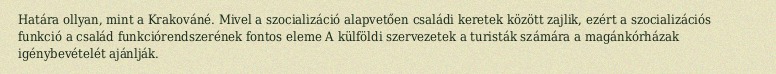
Határa ollyan, mint a Krakováné. Mivel a szocializáció alapvetően családi keretek között zajlik, ezért a szocializációs funkció a család funkciórendszerének fontos eleme A külföldi szervezetek a turisták számára a magánkórházak igénybevételét ajánlják.